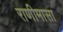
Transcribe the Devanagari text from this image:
राणीमासा